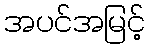
အပင်အမြင့်